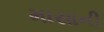
માસાની